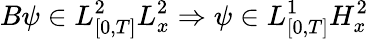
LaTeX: B\psi\in L_{[0,T]}^{2}L_{x}^{2}\Rightarrow\psi\in L_{[0,T]}^{1}H_{x}^{2}